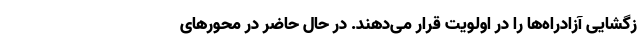
زگشایی آزادراه‌ها را در اولویت قرار می‌دهند. در حال حاضر در محورهای